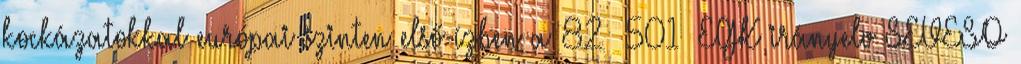
kockázatokkal európai szinten első ízben a 82 501 EGK irányelv SEVESO